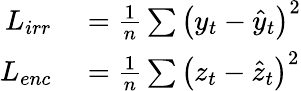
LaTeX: \begin{array}{rl}{L_{irr}}&{{}=\frac{1}{n}\sum\left(y_{t}-\hat{y}_{t}\right)^{2}}\\ {L_{enc}}&{{}=\frac{1}{n}\sum\left(z_{t}-\hat{z}_{t}\right)^{2}}\end{array}